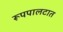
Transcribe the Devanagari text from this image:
रूपपालटात